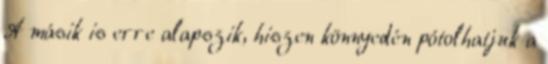
A másik is erre alapszik, hiszen könnyedén pótolhatjuk a